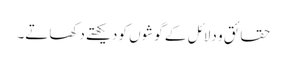
حقائق و دلائل کے گوشوں کو دیکھتے دکھاتے۔